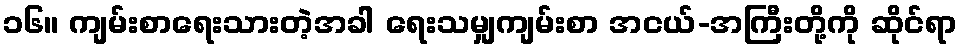
၁၆။ ကျမ်းစာရေးသားတဲ့အခါ ရေးသမျှကျမ်းစာ အငယ်-အကြီးတို့ကို ဆိုင်ရာ